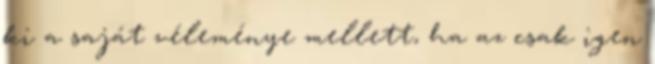
ki a saját véleménye mellett, ha az csak igen